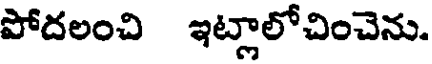
పోదలంచి ఇట్లాలోచించెను.